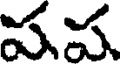
పప